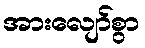
အားလျော်စွာ